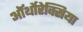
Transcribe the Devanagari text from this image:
ऑर्थोरेक्सिया